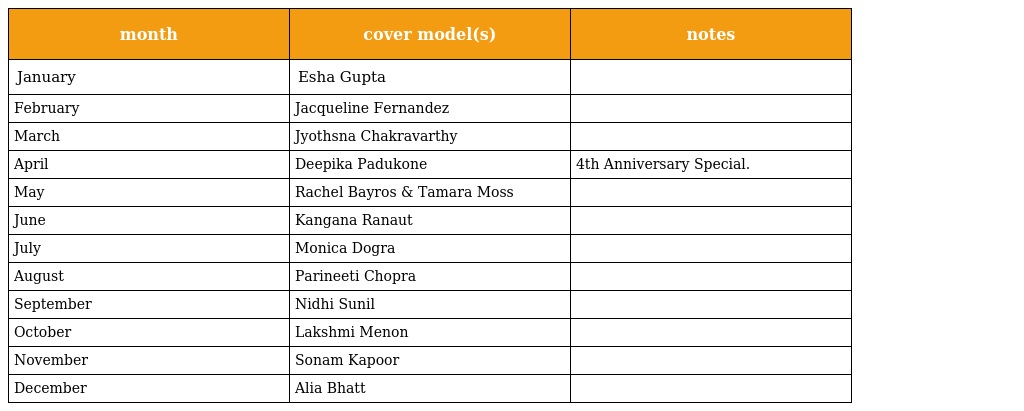
| month | cover model(s) | notes |
 | --- | --- | --- |
 | January | Esha Gupta |  |
 | February | Jacqueline Fernandez |  |
 | March | Jyothsna Chakravarthy |  |
 | April | Deepika Padukone | 4th Anniversary Special. |
 | May | Rachel Bayros & Tamara Moss |  |
 | June | Kangana Ranaut |  |
 | July | Monica Dogra |  |
 | August | Parineeti Chopra |  |
 | September | Nidhi Sunil |  |
 | October | Lakshmi Menon |  |
 | November | Sonam Kapoor |  |
 | December | Alia Bhatt |  |